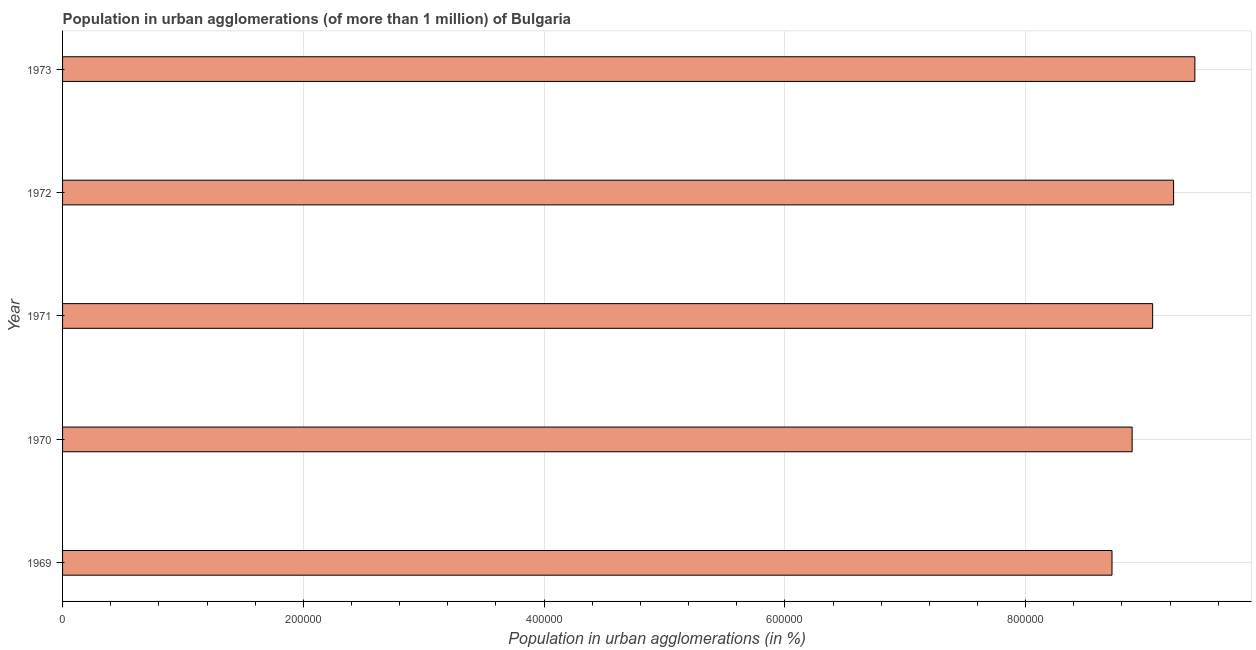
| Year | Population in urban agglomerations |
 | --- | --- |
 | 1969 | 8.72e+05 |
 | 1970 | 8.88e+05 |
 | 1971 | 9.05e+05 |
 | 1972 | 9.23e+05 |
 | 1973 | 9.41e+05 |